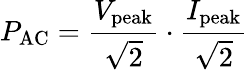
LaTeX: P_{\mathrm{AC}}={\frac{V_{\mathrm{peak}}}{\sqrt{2}}}\cdot{\frac{I_{\mathrm{peak}}}{\sqrt{2}}}